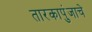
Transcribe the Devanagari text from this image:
तारकापुंजाचे